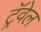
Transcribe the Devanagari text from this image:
ट्रॅवेल